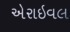
એરાઇવલ